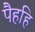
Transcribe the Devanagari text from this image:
पैहहि